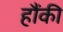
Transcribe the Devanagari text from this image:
हौंकी